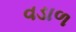
વડાળ